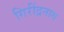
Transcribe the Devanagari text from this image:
गिरींद्रनाथ